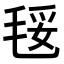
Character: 𣮄